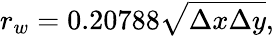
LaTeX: r_{w}=0.20788\sqrt{\Delta x\Delta y},